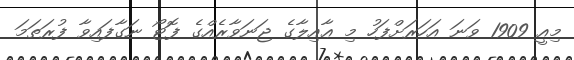
މިއީ 1909 ވަނަ އަހަރަށްފަހު މި ޢާއިލާގެ ޖަނަވާރެއްގެ ފޮޓޯ ނަގާފައިވާ ފުރަތަމަ